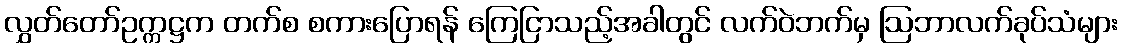
လွှတ်တော်ဥက္ကဋ္ဌက တက်စ စကားပြောရန် ကြေငြာသည့်အခါတွင် လက်ဝဲဘက်မှ ဩဘာလက်ခုပ်သံများ